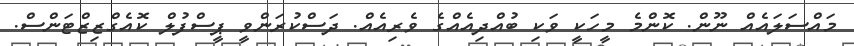
މައްސަލައެއް ނޫން. ކޮންމެ މީހަކީ ވަކި ބުއްދިއެއްގެ ވެރިއެއް. ދަސްކުރަންވީ ޕީސްފުލް ކޮއެގްޒިޒްޓަންސް.